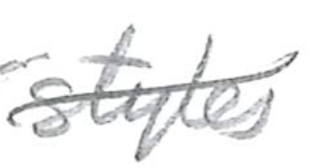
Text: styles
Cross-out: mix
Writing tool: pencil